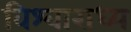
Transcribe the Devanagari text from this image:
विश्वाराध्य